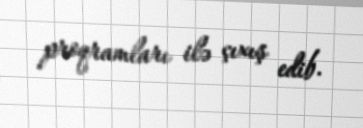
proqramları ilə çıxış edib.